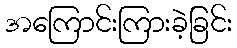
အကြောင်းကြားခဲ့ခြင်း